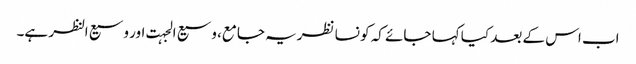
اب اس کے بعد کیا کہا جائے کہ کو نسا نظریہ جامع، وسیع الجہت اور وسیع النظر ہے۔